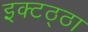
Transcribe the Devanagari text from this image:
इक्टठ्ठा